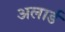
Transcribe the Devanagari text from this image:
अलार्ड